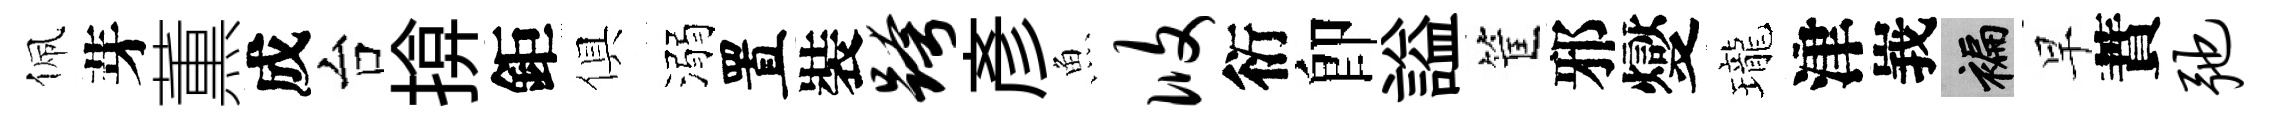
佩芽薫成台揜鉅俱溺置裝跨彥魚攸衍卽謚筐邪燮瓏津峩褊早蕡弛